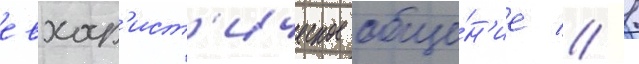
евхар'ист'ическое обще́н'ие // 1